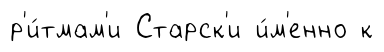
р'и́тмам'и Старск'и и́м'енно к